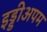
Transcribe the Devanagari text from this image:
इड्डीअपम